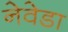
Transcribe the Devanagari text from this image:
नेवेडा